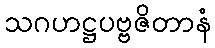
သဂဟဋ္ဌပဗ္ဗဇိတာနံ